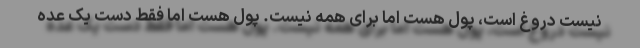
نیست دروغ است، پول هست اما برای همه نیست. پول هست اما فقط دست یک عده